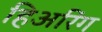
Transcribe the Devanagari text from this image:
हिअरिंग